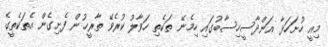
މިއީ ހުށަހަޅާ އަންދާސީހިސާބުގައި ހިމެނޭ ތަކެތި ހަވާލު ކުރެވޭ ތާރީޚުން ފެށިގެން އެތަކެތީގެ